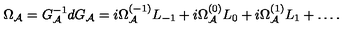
\Omega _ { \cal A } = G _ { \cal A } ^ { - 1 } d G _ { \cal A } = i \Omega _ { \cal A } ^ { ( - 1 ) } L _ { - 1 } + i \Omega _ { \cal A } ^ { ( 0 ) } L _ { 0 } + i \Omega _ { \cal A } ^ { ( 1 ) } L _ { 1 } + \ldots .